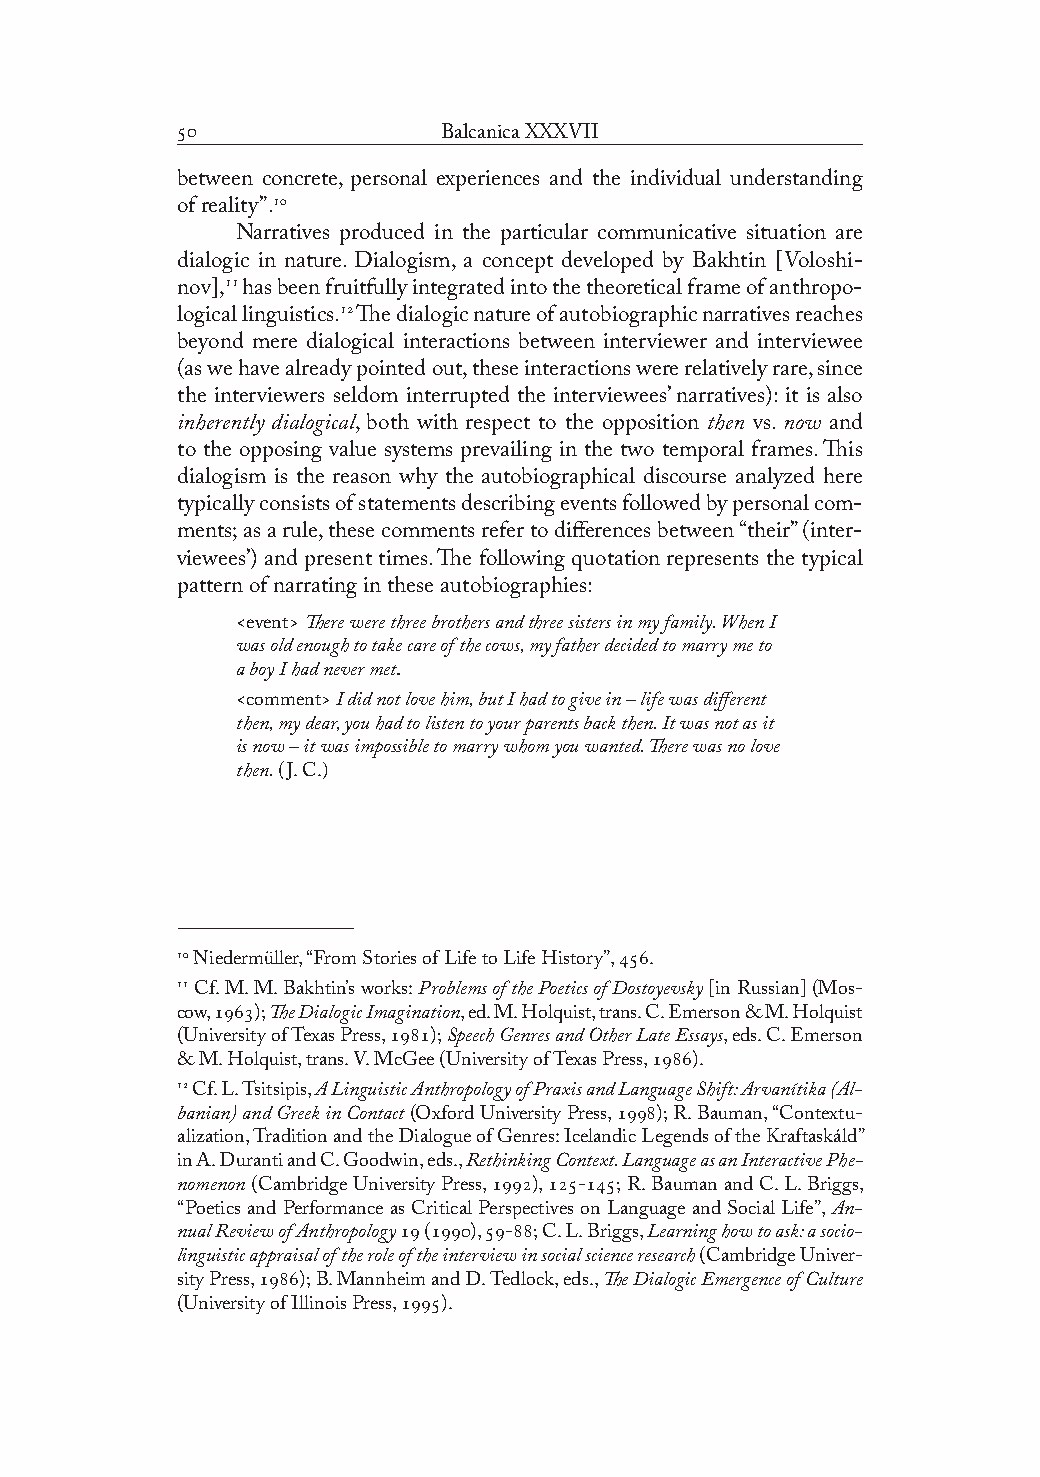
               Balcanica XXXVII
 between concrete, personal experiences and the individual understanding
 of reality”.
 Narratives produced in the particular communicative situation are
 dialogic in nature. Dialogism, a concept developed by Bakhtin [Voloshi-
 nov], has been fruitfully integrated into the theoretical frame of anthropo-
 logical linguistics. The dialogic nature of autobiographic narratives reaches
 beyond mere dialogical interactions between interviewer and interviewee
 (as we have already pointed out, these interactions were relatively rare, since
 the interviewers seldom interrupted the interviewees’ narratives): it is also
 inherently dialogical, both with respect to the opposition then vs. now and
 to the opposing value systems prevailing in the two temporal frames. This
 dialogism is the reason why the autobiographical discourse analyzed here
 typically consists of statements describing events followed by personal com-
 ments; as a rule, these comments refer to differences between “their” (inter-
 viewees’) and present times. The following quotation represents the typical
 pattern of narrating in these autobiographies:
 <event> There were three brothers and three sisters in my family. When I
 was old enough to take care of the cows, my father decided to marry me to
 a boy I had never met.
 <comment> I did not love him, but I had to give in – life was different
 then, my dear, you had to listen to your parents back then. It was not as it
 is now – it was impossible to marry whom you wanted. There was no love
 then. (J. C.)
  Niedermüller, “From Stories of Life to Life History”, .
  Cf. M. M. Bakhtin’s works: Problems of the Poetics of Dostoyevsky [in Russian] (Mos-
 cow, ); The Dialogic Imagination, ed. M. Holquist, trans. C. Emerson & M. Holquist
 (University of Texas Press, ); Speech Genres and Other Late Essays, eds. C. Emerson
 & M. Holquist, trans. V. McGee (University of Texas Press, ).
  Cf. L. Tsitsipis, A Linguistic Anthropology of Praxis and Language Shift: Arvanítika (Al-
 banian) and Greek in Contact (Oxford University Press, ); R. Bauman, “Contextu-
 alization, Tradition and the Dialogue of Genres: Icelandic Legends of the Kraftaskáld”
 in A. Duranti and C. Goodwin, eds., Rethinking Context. Language as an Interactive Phe-
 nomenon (Cambridge University Press, ), -; R. Bauman and C. L. Briggs,
 “Poetics and Performance as Critical Perspectives on Language and Social Life”, An-
 nual Review of Anthropology  (), -; C. L. Briggs, Learning how to ask: a socio-
 linguistic appraisal of the role of the interview in social science research (Cambridge Univer-
 sity Press, ); B. Mannheim and D. Tedlock, eds., The Dialogic Emergence of Culture
 (University of Illinois Press, ).